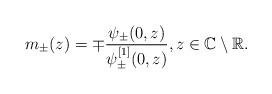
LaTeX: \begin{align*} m_\pm(z)=\mp \frac{\psi_\pm(0,z)}{\psi^{[1]}_\pm(0,z)}, z\in \mathbb{C}\setminus\mathbb{R}.\end{align*}